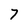
Character: 7